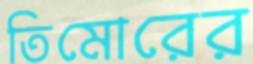
তিমোরের